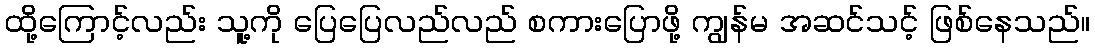
ထို့ကြောင့်လည်း သူ့ကို ပြေပြေလည်လည် စကားပြောဖို့ ကျွန်မ အဆင်သင့် ဖြစ်နေသည်။